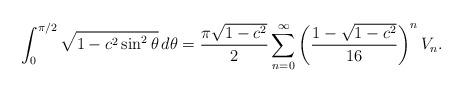
LaTeX: \begin{align*}\int_0^{\pi/2}\sqrt{1-c^2\sin^2\theta}\,d\theta=\frac{\pi\sqrt{1-c^2}}{2}\sum\limits_{n=0}^\infty \left(\frac{1-\sqrt{1-c^2}}{16}\right)^n V_n.\end{align*}